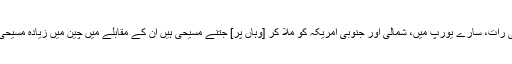
آج کی رات، سارے یورپ میں، شمالی اور جنوبی امریکہ کو مِلا کر [وہاں پر] جتنے مسیحی ہیں اُن کے مقابلے میں چین میں زیادہ مسیحی ہیں!